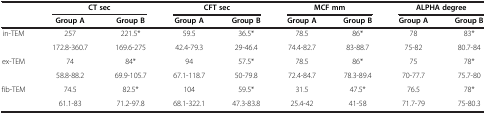
<table><thead><tr><td><b> </b></td><td colspan="2"><b>CT sec</b></td><td colspan="2"><b>CFT sec</b></td><td colspan="2"><b>MCF mm</b></td><td colspan="2"><b>ALPHA degree</b></td></tr><tr><td><b> </b></td><td><b>Group A</b></td><td><b>Group B</b></td><td><b>Group A</b></td><td><b>Group B</b></td><td><b>Group A</b></td><td><b>Group B</b></td><td><b>Group A</b></td><td><b>Group B</b></td></tr></thead><tbody><tr><td rowspan="2">in-TEM</td><td>257</td><td>221.5*</td><td>59.5</td><td>36.5*</td><td>78.5</td><td>86*</td><td>78</td><td>83*</td></tr><tr><td>172.8-360.7</td><td>169.6-275</td><td>42.4-79.3</td><td>29-46.4</td><td>74.4-82.7</td><td>83-88.7</td><td>75-82</td><td>80.7-84</td></tr><tr><td rowspan="2">ex-TEM</td><td>74</td><td>84*</td><td>94</td><td>57.5*</td><td>78.5</td><td>86*</td><td>75</td><td>78*</td></tr><tr><td>58.8-88.2</td><td>69.9-105.7</td><td>67.1-118.7</td><td>50-79.8</td><td>72.4-84.7</td><td>78.3-89.4</td><td>70-77.7</td><td>75.7-80</td></tr><tr><td>fib-TEM</td><td>74.5</td><td>82.5*</td><td>104</td><td>59.5*</td><td>31.5</td><td>47.5*</td><td>76.5</td><td>78*</td></tr><tr><td> </td><td>61.1-83</td><td>71.2-97.8</td><td>68.1-322.1</td><td>47.3-83.8</td><td>25.4-42</td><td>41-58</td><td>71.7-79</td><td>75-80.3</td></tr></tbody></table>